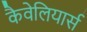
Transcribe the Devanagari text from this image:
कैवेलियार्स